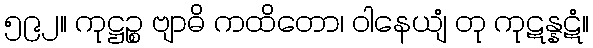
၅၉၂။ ကုဋ္ဌဉ္စ ဗျာဓိ ကထိတော၊ ဝါနေယျံ တု ကုဋန္နဋံ။